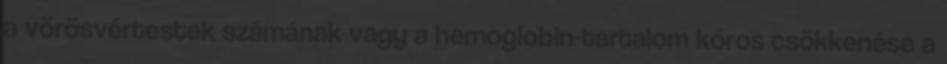
a vörösvértestek számának vagy a hemoglobin-tartalom kóros csökkenése a